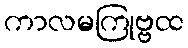
ကာလမကြုဗ္ဗထ